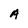
Character: A